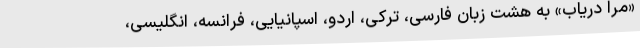
«مرا دریاب» به هشت زبان فارسی، ترکی، اردو، اسپانیایی، فرانسه، انگلیسی،